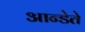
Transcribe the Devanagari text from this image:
आन्डेते